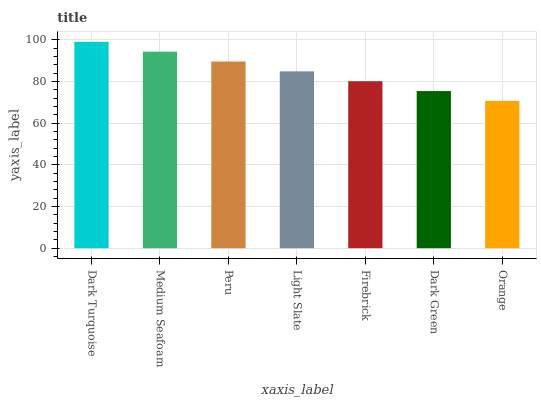
| xaxis_label | bars |
 | --- | --- |
 | Dark Turquoise | 99 |
 | Medium Seafoam | 94.3 |
 | Peru | 89.6 |
 | Light Slate | 84.8 |
 | Firebrick | 80.1 |
 | Dark Green | 75.4 |
 | Orange | 70.7 |